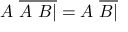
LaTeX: A \ { \overline { { A \ B | } } } = A \ { \overline { { B | } } }